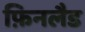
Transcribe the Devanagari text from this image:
फ़िनलैड